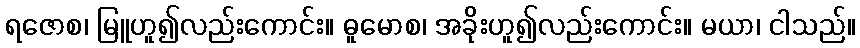
ရဇောစ၊ မြူဟူ၍လည်းကောင်း။ ဓူမောစ၊ အခိုးဟူ၍လည်းကောင်း။ မယာ၊ ငါသည်။